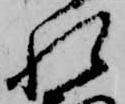
れ